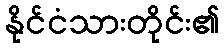
နိုင်ငံသားတိုင်း၏